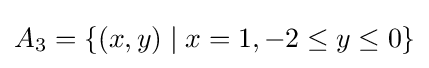
A_{3}=\{(x,y)\mid x=1,-2\leq y\leq 0\}